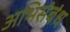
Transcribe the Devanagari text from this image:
अभिसंबंध